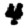
Digit: 4